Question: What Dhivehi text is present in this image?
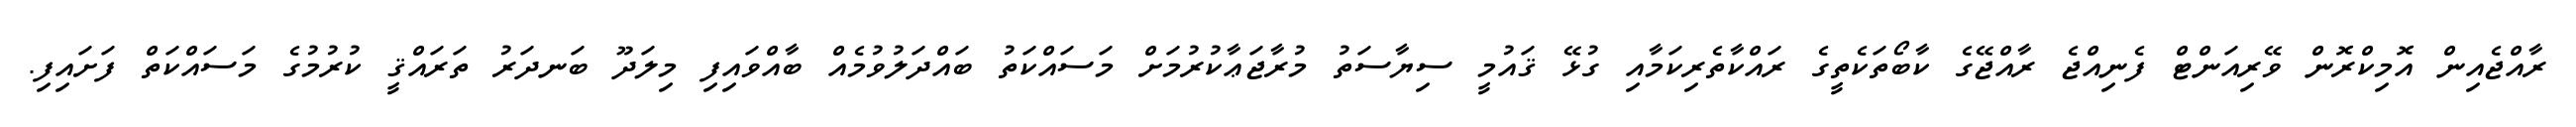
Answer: ރާއްޖެއިން އޮމިކްރޮން ވޭރިއަންޓް ފެނިއްޖެ ރާއްޖޭގެ ކާބޯތަކެތީގެ ރައްކާތެރިކަމާއި ގުޅޭ ޤައުމީ ސިޔާސަތު މުރާޖަޢާކުރުމަށް މަސައްކަތު ބައްދަލުވުމެއް ބާއްވައިފި މިލަދޫ ބަނދަރު ތަރައްޤީ ކުރުމުގެ މަސައްކަތް ފަށައިފި.